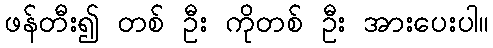
ဖန်တီး၍ တစ် ဦး ကိုတစ် ဦး အားပေးပါ။